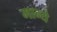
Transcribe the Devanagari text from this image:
मान्ये